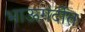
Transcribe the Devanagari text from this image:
भाऊगर्दीत